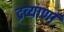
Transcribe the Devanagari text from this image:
द्रव्याणां